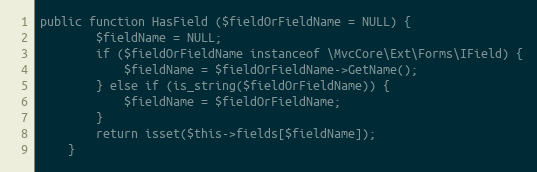
Language: PHP
public function HasField ($fieldOrFieldName = NULL) {
		$fieldName = NULL;
		if ($fieldOrFieldName instanceof \MvcCore\Ext\Forms\IField) {
			$fieldName = $fieldOrFieldName->GetName();
		} else if (is_string($fieldOrFieldName)) {
			$fieldName = $fieldOrFieldName;
		}
		return isset($this->fields[$fieldName]);
	}